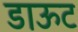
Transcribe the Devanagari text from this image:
डाऊट